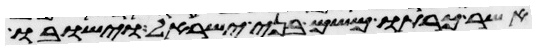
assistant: אשר כרתו משם בני ישראל וישבו